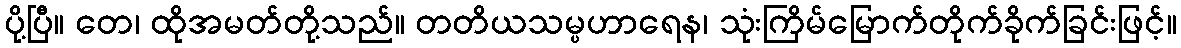
ပို့ပြီ။ တေ၊ ထိုအမတ်တို့သည်။ တတိယသမ္ပဟာရေန၊ သုံးကြိမ်မြောက်တိုက်ခိုက်ခြင်းဖြင့်။